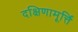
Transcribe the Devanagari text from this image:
दक्षिणामूर्त्ति